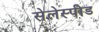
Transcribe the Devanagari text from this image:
सेलेस्पीड